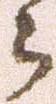
之